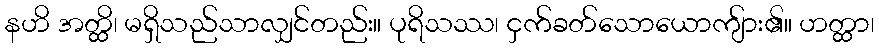
နဟိ အတ္ထိ၊ မရှိသည်သာလျှင်တည်း။ ပုရိသဿ၊ ငှက်ခတ်သောယောကျ်ား၏။ ဟတ္ထာ၊